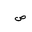
Letter: _sad